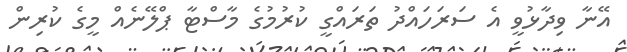
އޭނާ ވިދާޅުވީ އެ ސަރަހައްދު ތަރައްގީ ކުރުމުގެ މާސްޓާ ޕްލޭނެއް މީގެ ކުރިން